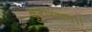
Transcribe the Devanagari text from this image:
कुदारदारा।।